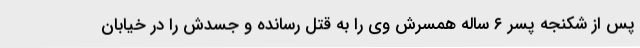
پس از شکنجه پسر ۶ ساله همسرش وی را به قتل رسانده و جسدش را در خیابان